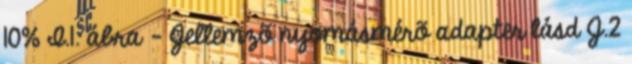
10% I.1. ábra - Jellemzõ nyomásmérõ adapter lásd J.2